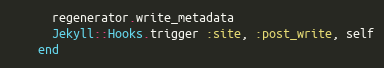
Language: Ruby
      regenerator.write_metadata
      Jekyll::Hooks.trigger :site, :post_write, self
    end